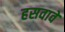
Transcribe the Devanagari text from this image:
हसवावे